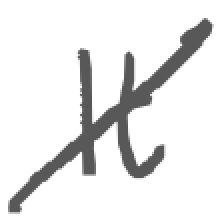
Text: It
Cross-out: mix
Writing tool: digital_gray